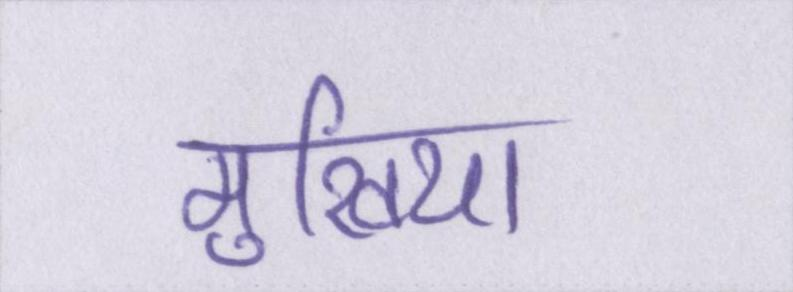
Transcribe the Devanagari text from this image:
मुखिया